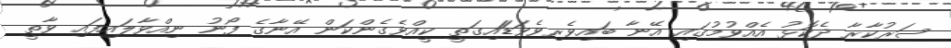
ސަރުކާރާ ދެކޮޅު އެއްވުމުގައި އޭނާ ބައިވެރިވެވަޑަައިގަތީ ކީއްވެގެންކަން އޭނާގެ ފޯނު ނިއްވާލައިފައި ވާތީ